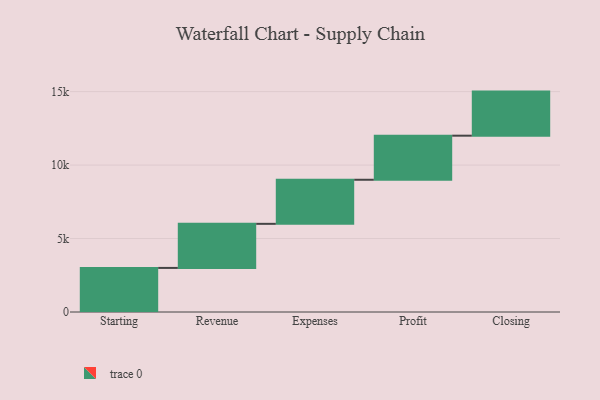
{"axis": {"x": "Step", "y": "Value"}, "legend": [""], "data": [{"x": "Starting", "y": 3000, "type": ""}, {"x": "Revenue", "y": 3000, "type": ""}, {"x": "Expenses", "y": 3000, "type": ""}, {"x": "Profit", "y": 3000, "type": ""}, {"x": "Closing", "y": 3000, "type": ""}]}